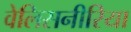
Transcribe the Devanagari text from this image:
वेलिसनीरिया